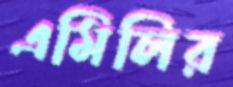
এমিলির